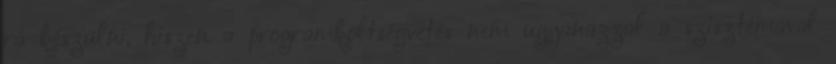
rá készülni, hiszen a programköltségvetés nem ugyanazzal a szisztémával